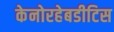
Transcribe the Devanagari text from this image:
केनोरहेबडीटिस